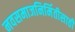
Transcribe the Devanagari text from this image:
नवसमाजनिर्मितीसाठी